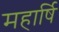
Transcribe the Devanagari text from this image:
महार्षि